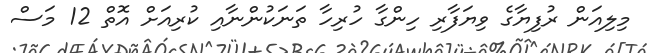
މިލިއަން ރުފިޔާގެ ވިޔަފާރި ހިންގާ ހުރިހާ ތަނަކުންނާއި ކުރިއަށް އޮތް 12 މަސް